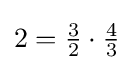
\textstyle 2={\frac {3}{2}}\cdot {\frac {4}{3}}